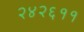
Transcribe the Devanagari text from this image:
२४२६११